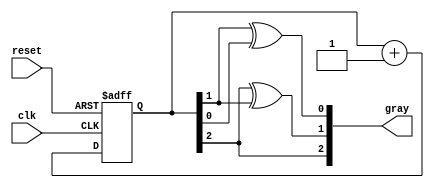
module gray_code_async_counter (
    input wire clk,          // Clock input
    input wire reset,        // Asynchronous reset
    output reg [2:0] gray    // 3-bit Gray code output
);

// Internal binary counter
reg [2:0] binary;

// Combinational logic to convert binary to Gray code
function [2:0] binary_to_gray;
    input [2:0] bin;
    begin
        binary_to_gray = {bin[2], bin[2] ^ bin[1], bin[1] ^ bin[0]};
    end
endfunction

// Asynchronous reset and counting logic
always @(posedge clk or posedge reset) begin
    if (reset) begin
        binary <= 3'b000; // Reset binary counter to 0
    end else begin
        binary <= binary + 1; // Increment binary counter
    end
end

// Update Gray code output based on binary counter
always @(binary) begin
    gray <= binary_to_gray(binary);
end

endmodule